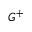
G ^ { + }